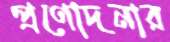
প্রণোদনার